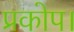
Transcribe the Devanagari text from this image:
प्रकोप।